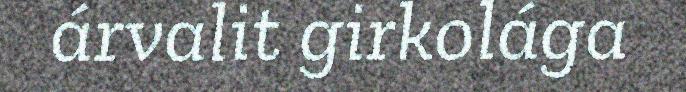
árvalit girkolága